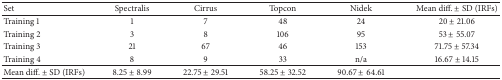
| Set | Spectralis | Cirrus | Topcon | Nidek | Mean diff. ± SD (IRFs) |
 | --- | --- | --- | --- | --- | --- |
 | Training 1 | 1 | 7 | 48 | 24 | 20 ± 21.06 |
 | Training 2 | 3 | 8 | 106 | 95 | 53 ± 55.07 |
 | Training 3 | 21 | 67 | 46 | 153 | 71.75 ± 57.34 |
 | Training 4 | 8 | 9 | 33 | n/a | 16.67 ± 14.15 |
 | Mean diff. ± SD (IRFs) | 8.25 ± 8.99 | 22.75 ± 29.51 | 58.25 ± 32.52 | 90.67 ± 64.61 |  |